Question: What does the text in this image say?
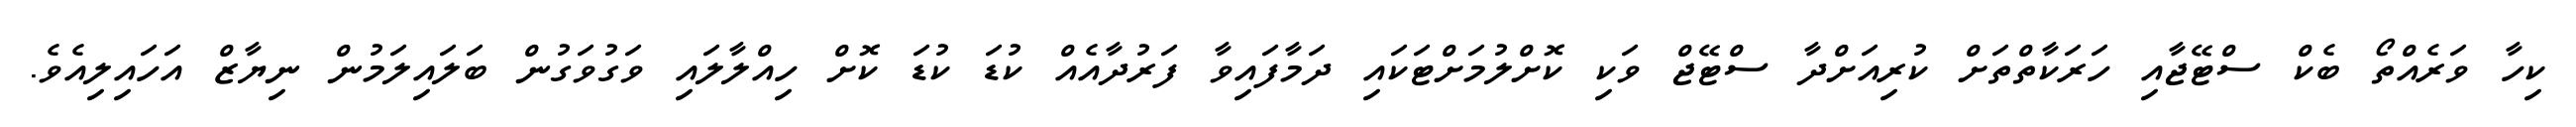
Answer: ކިހާ ވަރެއްތޯ ބެކް ސްޓޭޖާއި ހަރަކާތްތަށް ކުރިއަށްދާ ސްޓޭޖް ވަކި ކޮށްލުމަށްޓަކައި ދަމާފައިވާ ފަރުދާއެއް ކުޑަ ކުޑަ ކޮށް ހިއްލާލައި ވަގުވަގުން ބަލައިލަމުން ނިޔާޒް އަހައިލިއެވެ.